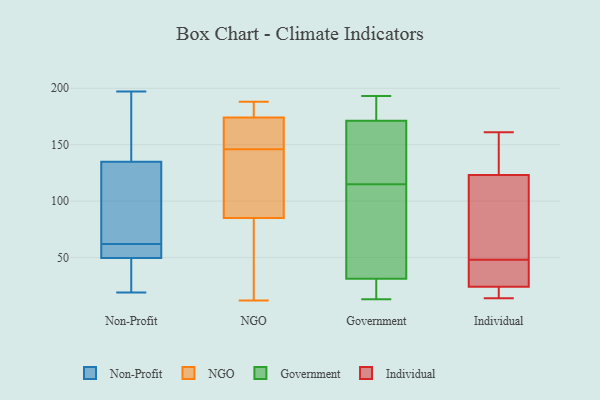
{"axis": {"x": "Tickets Resolved", "y": "Value"}, "legend": ["Government", "Individual", "NGO", "Non-Profit"], "data": [{"x": "", "y": 21, "type": "Non-Profit"}, {"x": "", "y": 42, "type": "Non-Profit"}, {"x": "", "y": 54, "type": "Non-Profit"}, {"x": "", "y": 64, "type": "Non-Profit"}, {"x": "", "y": 171, "type": "Non-Profit"}, {"x": "", "y": 129, "type": "Non-Profit"}, {"x": "", "y": 90, "type": "Non-Profit"}, {"x": "", "y": 52, "type": "Non-Profit"}, {"x": "", "y": 19, "type": "Non-Profit"}, {"x": "", "y": 20, "type": "Non-Profit"}, {"x": "", "y": 152, "type": "Non-Profit"}, {"x": "", "y": 56, "type": "Non-Profit"}, {"x": "", "y": 197, "type": "Non-Profit"}, {"x": "", "y": 62, "type": "Non-Profit"}, {"x": "", "y": 122, "type": "Non-Profit"}, {"x": "", "y": 60, "type": "Non-Profit"}, {"x": "", "y": 160, "type": "Non-Profit"}, {"x": "", "y": 188, "type": "NGO"}, {"x": "", "y": 12, "type": "NGO"}, {"x": "", "y": 146, "type": "NGO"}, {"x": "", "y": 174, "type": "NGO"}, {"x": "", "y": 169, "type": "NGO"}, {"x": "", "y": 146, "type": "NGO"}, {"x": "", "y": 185, "type": "NGO"}, {"x": "", "y": 136, "type": "NGO"}, {"x": "", "y": 85, "type": "NGO"}, {"x": "", "y": 72, "type": "NGO"}, {"x": "", "y": 115, "type": "Government"}, {"x": "", "y": 180, "type": "Government"}, {"x": "", "y": 44, "type": "Government"}, {"x": "", "y": 145, "type": "Government"}, {"x": "", "y": 13, "type": "Government"}, {"x": "", "y": 30, "type": "Government"}, {"x": "", "y": 185, "type": "Government"}, {"x": "", "y": 193, "type": "Government"}, {"x": "", "y": 35, "type": "Government"}, {"x": "", "y": 141, "type": "Government"}, {"x": "", "y": 14, "type": "Government"}, {"x": "", "y": 14, "type": "Individual"}, {"x": "", "y": 60, "type": "Individual"}, {"x": "", "y": 123, "type": "Individual"}, {"x": "", "y": 161, "type": "Individual"}, {"x": "", "y": 20, "type": "Individual"}, {"x": "", "y": 24, "type": "Individual"}, {"x": "", "y": 147, "type": "Individual"}, {"x": "", "y": 65, "type": "Individual"}, {"x": "", "y": 36, "type": "Individual"}, {"x": "", "y": 27, "type": "Individual"}]}